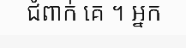
ជំពាក់ គេ ។ អ្នក